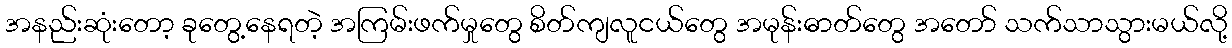
အနည်းဆုံးတော့ ခုတွေ့နေရတဲ့ အကြမ်းဖက်မှုတွေ စိတ်ကျလူငယ်တွေ အမုန်းဓာတ်တွေ အတော် သက်သာသွားမယ်လို့